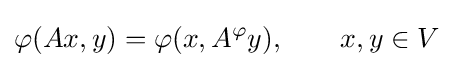
\varphi (Ax,y)=\varphi (x,A^{\varphi }y),\qquad x,y\in V